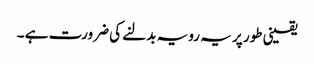
یقینی طور پر یہ رویہ بدلنے کی ضرورت ہے ۔